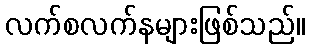
လက်စလက်နများဖြစ်သည်။